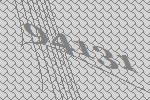
94131